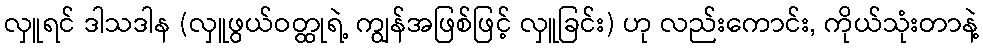
လှူရင် ဒါသဒါန (လှူဖွယ်ဝတ္ထုရဲ့ ကျွန်အဖြစ်ဖြင့် လှူခြင်း) ဟု လည်းကောင်း, ကိုယ်သုံးတာနဲ့